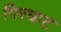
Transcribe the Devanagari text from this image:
गिरघाट